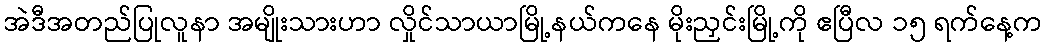
အဲဒီအတည်ပြုလူနာ အမျိုးသားဟာ လှိုင်သာယာမြို့နယ်ကနေ မိုးညှင်းမြို့ကို ဧပြီလ ၁၅ ရက်နေ့က